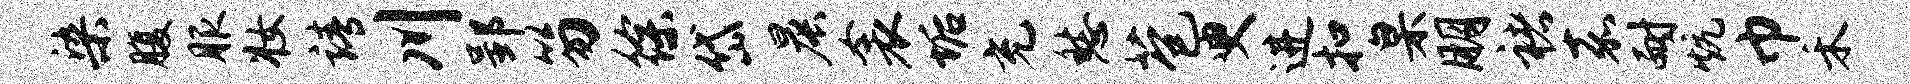
染腹服妆靖川郢笏徐岱晨衾垢充愁苞臾进扣臬朋褚嘉耐炕巾禾